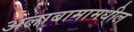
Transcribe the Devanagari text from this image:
अलाबामामधील